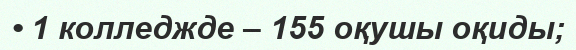
• 1 колледжде – 155 оқушы оқиды;